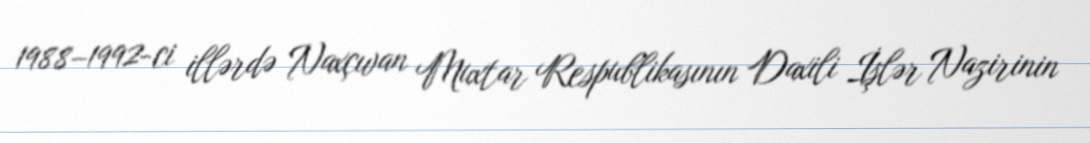
1988–1992-ci illərdə Naxçıvan Muxtar Respublikasının Daxili İşlər Nazirinin